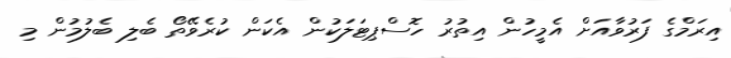
އިރަމްގެ ފަރުވާއަށް އެމީހުން އިތުރު ހޮސްޕިޓަލަކުން އެކަން ކުރެވޭތޯ ބެލި ބެލުމުން މި